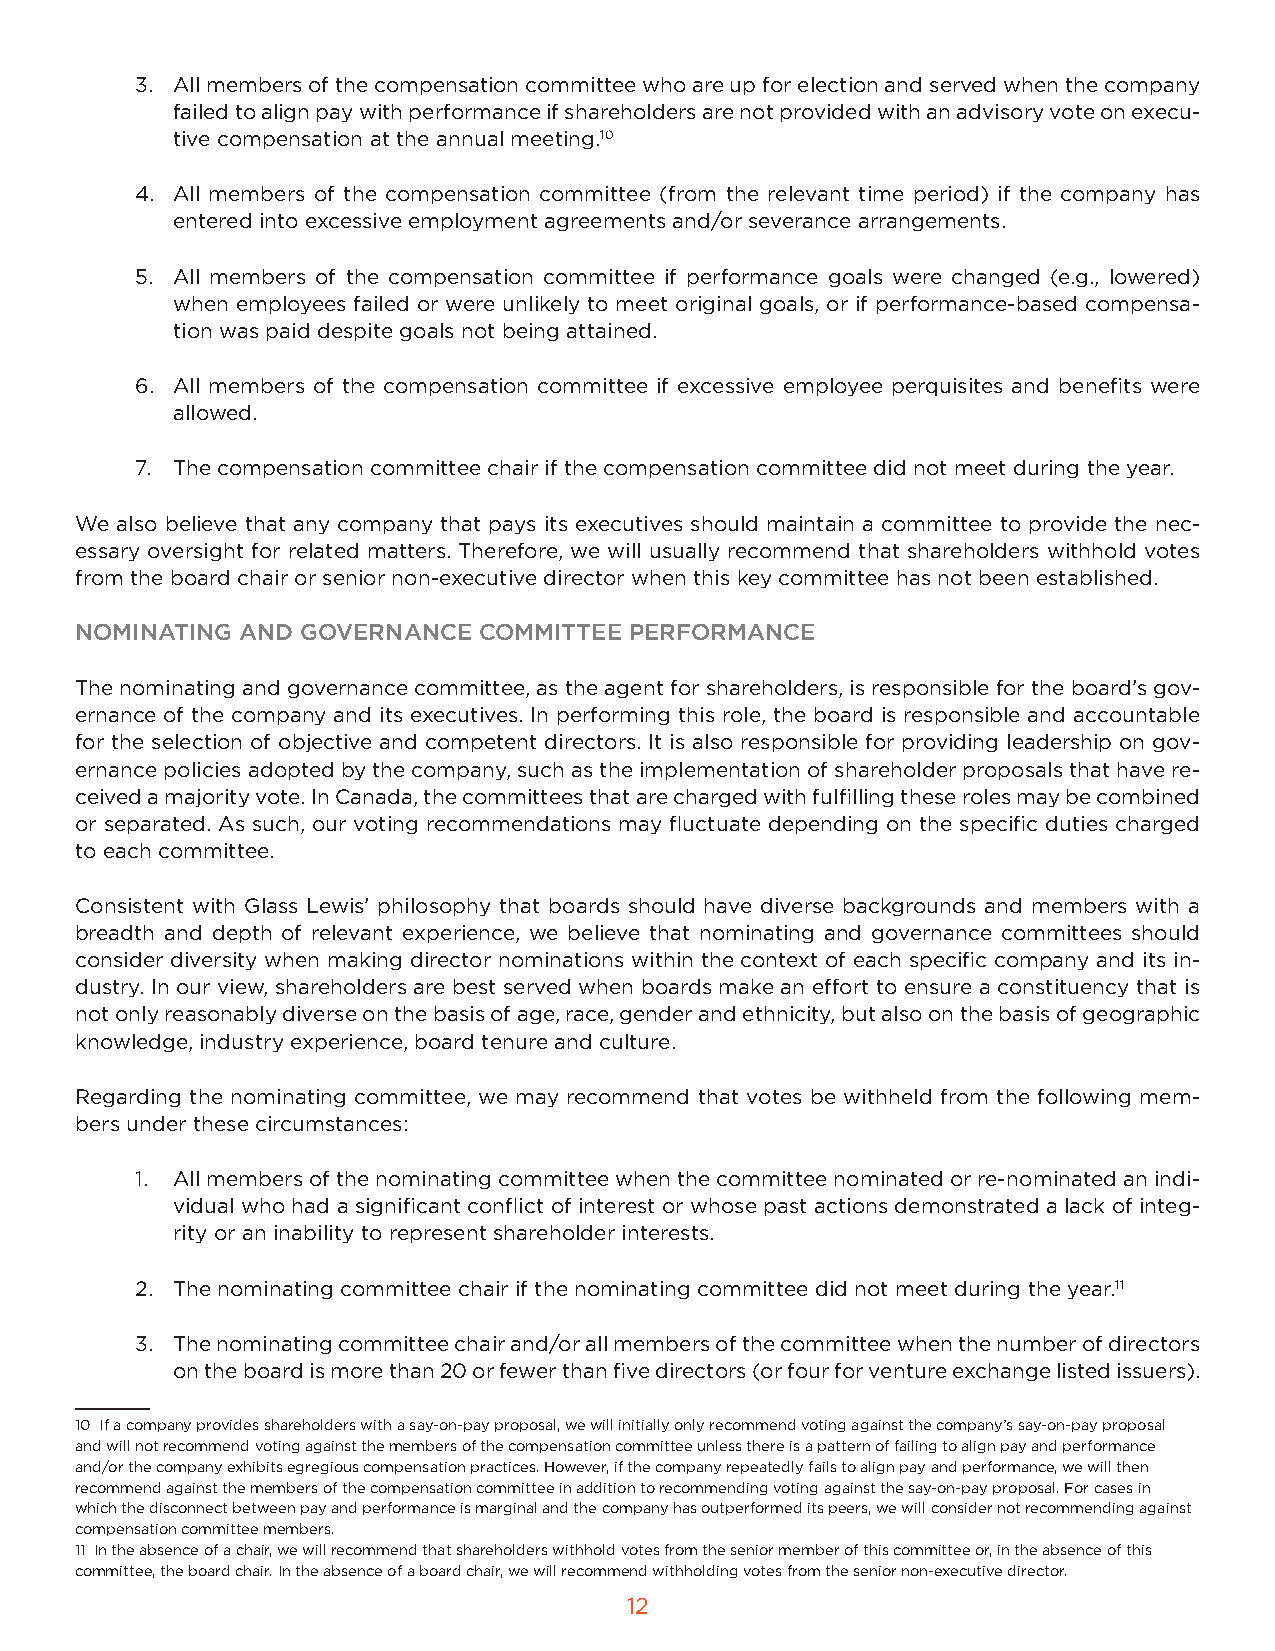
3. All members of the compensation committee who are up for election and served when the company
 failed to align pay with performance if shareholders are not provided with an advisory vote on execu-
 tive compensation at the annual meeting.10
 4. All members of the compensation committee (from the relevant time period) if the company has
 entered into excessive employment agreements and/or severance arrangements.
 5. All members of the compensation committee if performance goals were changed (e.g., lowered)
 when employees failed or were unlikely to meet original goals, or if performance-based compensa-
 tion was paid despite goals not being attained.
 6. All members of the compensation committee if excessive employee perquisites and benefits were
 allowed.
 7. The compensation committee chair if the compensation committee did not meet during the year.
 We also believe that any company that pays its executives should maintain a committee to provide the nec-
 essary oversight for related matters. Therefore, we will usually recommend that shareholders withhold votes
 from the board chair or senior non-executive director when this key committee has not been established.
 NOMINATING AND GOVERNANCE  COMMITTEE PERFORMANCE
 The nominating and governance committee, as the agent for shareholders, is responsible for the board’s gov-
 ernance of the company and its executives. In performing this role, the board is responsible and accountable
 for the selection of objective and competent directors. It is also responsible for providing leadership on gov-
 ernance policies adopted by the company, such as the implementation of shareholder proposals that have re-
 ceived a majority vote. In Canada, the committees that are charged with fulfilling these roles may be combined
 or separated. As such, our voting recommendations may fluctuate depending on the specific duties charged
 to each committee.
 Consistent with Glass Lewis’ philosophy that boards should have diverse backgrounds and members with a
 breadth and depth of relevant experience, we believe that nominating and governance committees should
 consider diversity when making director nominations within the context of each specific company and its in-
 dustry. In our view, shareholders are best served when boards make an effort to ensure a constituency that is
 not only reasonably diverse on the basis of age, race, gender and ethnicity, but also on the basis of geographic
 knowledge, industry experience, board tenure and culture.
 Regarding the nominating committee, we may recommend that votes be withheld from the following mem-
 bers under these circumstances:
 1. All members of the nominating committee when the committee nominated or re-nominated an indi-
 vidual who had a significant conflict of interest or whose past actions demonstrated a lack of integ-
 rity or an inability to represent shareholder interests.
 2. The nominating committee chair if the nominating committee did not meet during the year.11
 3. The nominating committee chair and/or all members of the committee when the number of directors
 on the board is more than 20 or fewer than five directors (or four for venture exchange listed issuers).
 10 If a company provides shareholders with a say-on-pay proposal, we will initially only recommend voting against the company’s say-on-pay proposal
 and will not recommend voting against the members of the compensation committee unless there is a pattern of failing to align pay and performance
 and/or the company exhibits egregious compensation practices. However, if the company repeatedly fails to align pay and performance, we will then
 recommend against the members of the compensation committee in addition to recommending voting against the say-on-pay proposal. For cases in
 which the disconnect between pay and performance is marginal and the company has outperformed its peers, we will consider not recommending against
 compensation committee members.
 11 In the absence of a chair, we will recommend that shareholders withhold votes from the senior member of this committee or, in the absence of this
 committee, the board chair. In the absence of a board chair, we will recommend withholding votes from the senior non-executive director.
 12